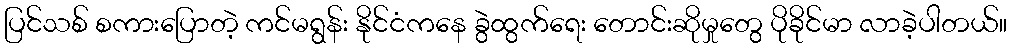
ပြင်သစ် စကားပြောတဲ့ ကင်မရွန်း နိုင်ငံကနေ ခွဲထွက်ရေး တောင်းဆိုမှုတွေ ပိုခိုင်မာ လာခဲ့ပါတယ်။